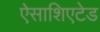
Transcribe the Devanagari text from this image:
ऐसाशिएटेड